Scientific memoirs by medical officers of the Army of India - Part VIII,
Year: 1894
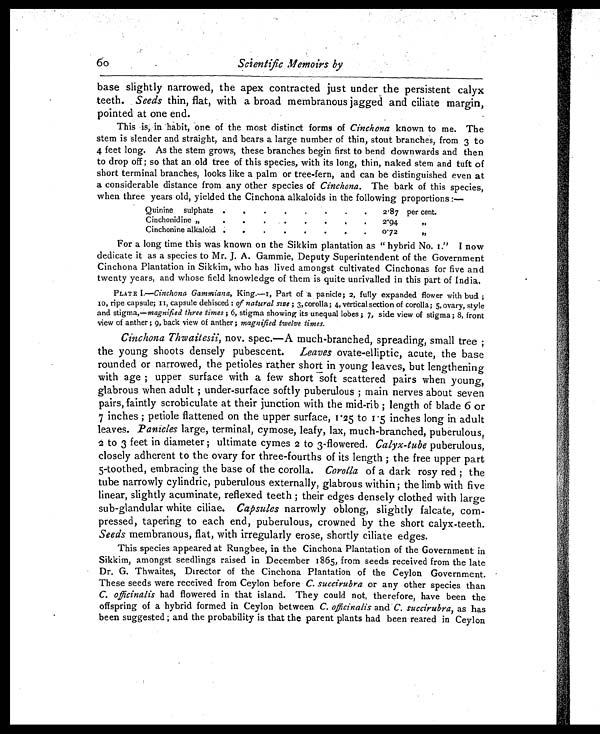
Scientific Memoirs by
base slightly narrowed, the apex contracted just under the persistent calyx
teeth. Seeds thin, flat, with a broad membranous jagged and ciliate margin,
pointed at one end.
This is, in habit, one of the most distinct forms of Cinchona known to me. The
stem is slender and straight, and bears a large number of thin, stout branches, from 3 to
4 feet long. As the stem grows, these branches begin first to bend downwards and then
to drop off ; so that an old tree of this species, with its long, thin, naked stem and tuft of
short terminal branches, looks like a palm or tree-fern, and can be distinguished even at
a considerable distance from any other species of Cinchona. The bark of this species,
when three years old, yielded the Cinchona alkaloids in the following proportions :—
Quinine sulphate .
.
.
.
.
.
.
. 2.87 per cent.
Cinchonidine „
.
.
.. .
.
.
.
.
2.94
"
Cinchonine alkaloid .
.
.
.
.
.
.
. 0.72
"
For a long time this was known on the Sikkim plantation as " hybrid No. 1 . " I
n o w
dedicate it as a species to Mr. J. A. Gammie, Deputy Superintendent of the Government
Cinchona Plantation in Sikkim, who has lived amongst cultivated Cinchonas for five and
twenty years, and whose field knowledge of them is quite unrivalled in this part of India.
PLATE I.—Cinchona Gammiana, King.—1, Part of a panicle; 2, fully expanded flower with bud ;
10, ripe capsule; it, capsule dehisced : of natural size ; 3, corolla; 4, vertical section of corolla; 5, ovary, style
and stigma,—magnified three times ; 6, stigma showing its unequal lobes ; 7, side view of stigma ; 8, front
view of anther ; 9, back view of anther ; magnified twelve times.
Cinchona Thwaitesii, nov. spec.—A much-branched, spreading, small tree ;
the young shoots densely pubescent. Leaves ovate-elliptic, acute, the base
rounded or narrowed, the petioles rather short in young leaves, but lengthening
with age ; upper surface with a few short soft scattered pairs when young,
glabrous when adult ; under-surface softly puberulous ; main nerves about seven
pairs, faintly scrobiculate at their junction with the mid-rib ; length of blade 6 or
7 inches ; petiole flattened on the upper surface, 1.25 to 1.5 inches long in adult
leaves. Panicles large, terminal, cymose, leafy, lax, much-branched, puberulous,
2 to 3 feet in diameter ; ultimate cymes 2 to 3-flowered. Calyx-tube puberulous,
closely adherent to the ovary for three-fourths of its length ; the free upper part
5-toothed, embracing the base of the corolla. Corolla of a dark rosy red ; the
tube narrowly cylindric, puberulous externally, glabrous within ; the limb with five
linear, slightly acuminate, reflexed teeth ; their edges densely clothed with large
sub-glandular white ciliae. Capsules narrowly oblong, slightly falcate, corn-
pressed, tapering to each end, puberulous, crowned by the short calyx-teeth.
Seeds membranous, flat, with irregularly erose, shortly ciliate edges.
This species appeared at Rungbee, in the Cinchona Plantation of the Government in
Sikkim, amongst seedlings raised in December 1865, from seeds received from the late
Dr. G. Thwaites, Director of the Cinchona Plantation of the Ceylon Government.
These seeds were received from Ceylon before C. succirubra or any other species than
C. o f f i c i n a l i s h a d f l o w e r e d i n t h a t i s l a n d . T h e y c o u l d n o t , t h e r e f o r e , h a v e b e e n t h e
offspring of a hybrid formed in Ceylon between C. officinalis and C. succirubra, as has
been suggested ; and the probability is that the parent plants had been reared in Ceylon
60